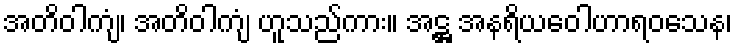
အတိဝါကျံ၊ အတိဝါကျံ ဟူသည်ကား။ အဋ္ဌ အနရိယဝေါဟာရဝသေန၊